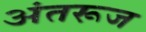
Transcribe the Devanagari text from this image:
अंतरूज